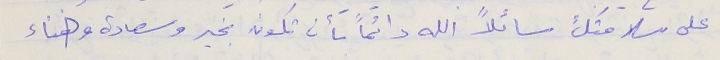
على سلامتك سائلاً الله دائماً بأن تكون بخير وسعادة وهناء